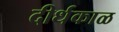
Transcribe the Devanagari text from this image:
दीर्धकाळ